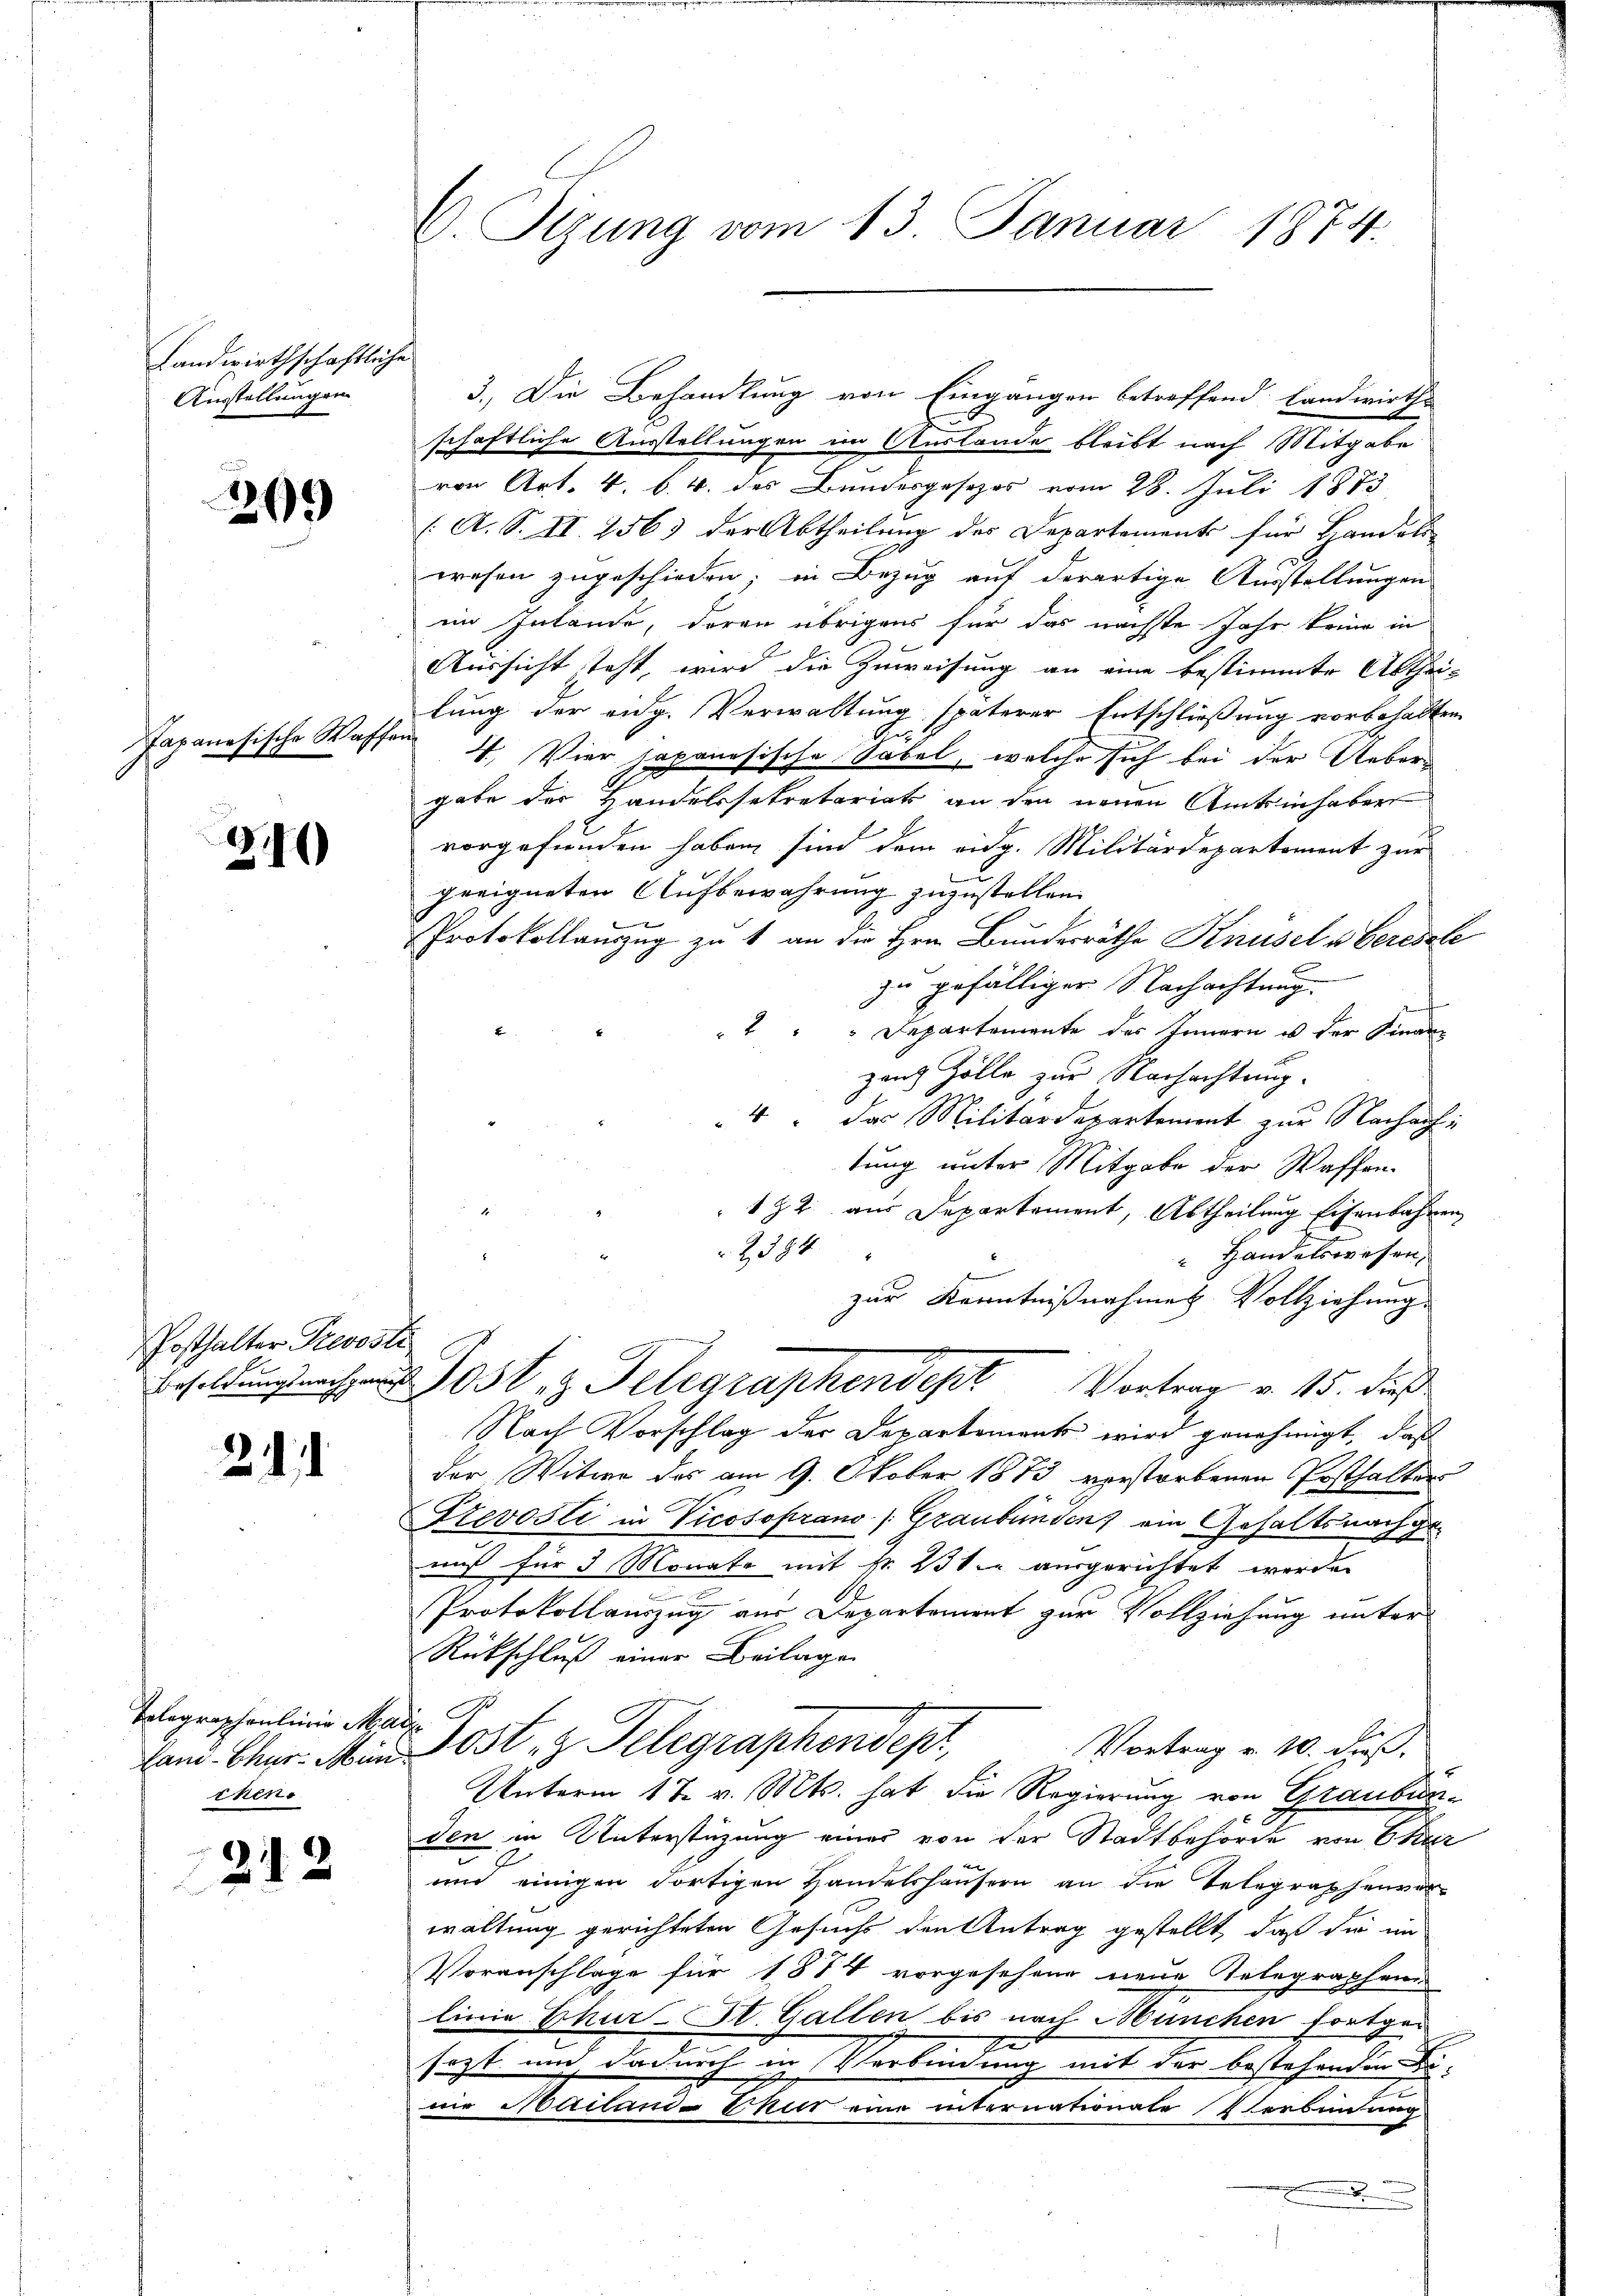
Landwirthschaftliche
Ausstellungen

209

ische Waffe
Gegenscha

210

Posthalter Prevosti

24

Tolographenlinie Ma
chen

212

C. Tizung vom 13. Januar 1874.

.
schaftliche Ausstellungen im Auslande bleibt nach Mitgabe
von Art. 4. b. 4. des Bundesgesezes vom 28. Juli 1873
(A. S. II 256) der Abtheilung des Departements für Handeli
wesen zugeschieden; in Bezug auf derartige Ausstellungen
im Inlande, deren übrigens für das nächste Jahr keine in
Aussicht steht, wird die Zuweisung an eine bestimmte Abthei-
lung der eidg. Verwaltung späterer Entschließung vorbehalten
i
Gu
4. Vier japanesische Sabel, welche sich bei der Uebergabe der Handelssekretariats an den neuen Amtsinhaber
vorgefunden haben sind dem eidg. Militärdepartement zur
geeigneten Aufbewahrung zuzustellen.
Protokollanzug zu 1 an die Hrn. Bundesräthe Knüsel u berische
zu gefälliger Nachachtung
" " " Departemente des Innern es der Finan
zanz Zölle zur Nachachtung.
4: das Militärdepartement zur Nachachtung unter Mitgabe der Waffen-
192. aus Departement, Abtheilung Eisenbahnen
2384
 Handelswesen.
zur Kenntnißnahmes Vollziehung.
z. Telegraphendept Vortrag v. 15. dieß
Nach Vorschlag der Departements wird genehmigt, daß
der Witwe des am 9. Oktober 1873 verstorbenen Posthalter
Frevosli in Vicosoprano (Graubünden ein Gehaltsnachgemuß für 5 Monate mit Nr. 23ten ausgerichtet werden
e
Protokollauszug aus Departement zur Vollziehung unter
Rückschluß einer Beilage
d
Vortrag v. 10. Fuß.
land. Chr. Mein Post z. Telegraphendepr
Unterm 17. v. Mts. hat die Regierung von Graubunden in Unterstüzung einer von der Stadtbehörde von Char
und einigen dortigen Handelshäusern an die Telegraphenver-
waltung gerichteten Gesuchs den Antrag gestellt, daß die im
Voranschlage für 1874 vorgesehene neue Gelegraphens
linie Thur-St. Gallen bis nach München fortgeg
sezt und dadurch in Verbindung mit der bestehenden Be-
.
wir Mailand- Mit eine internationate Verbindung
.

3.) Die Behandlung von Eingängen betreffend Landwirths